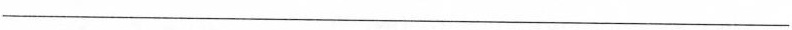
___